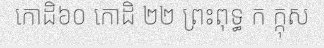
កោដិ៦០ កោដិ ២២ ព្រះពុទ្ធ ក ក្កុស